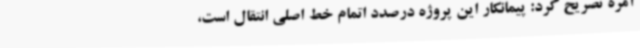
آمره تصریح کرد: پیمانکار این پروژه درصدد اتمام خط اصلی انتقال است،